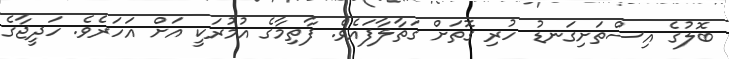
ބޮލުގެ އިސްތަށިގަނޑު ހުރި ގޮތަށް ގަތާލާފައެވެ. ފާތިމާގެ އުމުރަކީ އަށް އަހަރެވެ. ހަދީޖާގެ